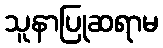
သူနာပြုဆရာမ